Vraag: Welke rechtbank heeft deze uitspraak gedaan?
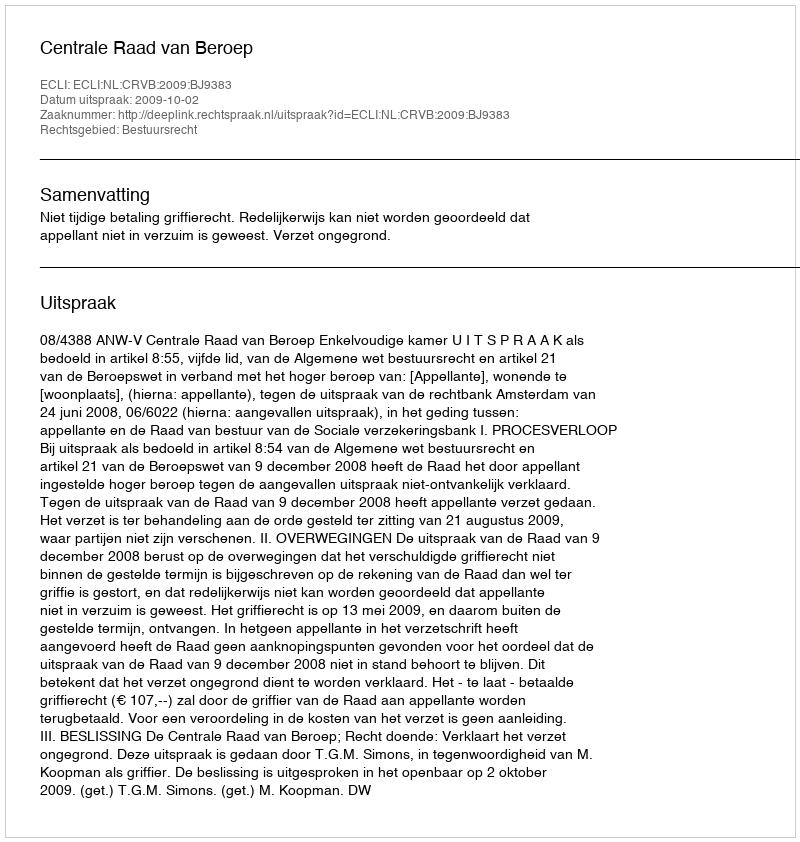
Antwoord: Centrale Raad van Beroep